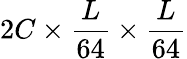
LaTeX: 2C\times\frac{L}{64}\times\frac{L}{64}